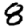
Digit: 8